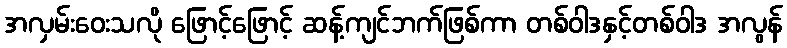
အလှမ်းဝေးသလို ဖြောင့်ဖြောင့် ဆန့်ကျင်ဘက်ဖြစ်ကာ တစ်ဝါဒနှင့်တစ်ဝါဒ အလွန်